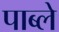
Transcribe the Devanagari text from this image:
पाब्ले